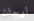
لوحات